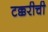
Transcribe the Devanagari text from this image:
टक्करीची